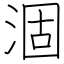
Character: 涸